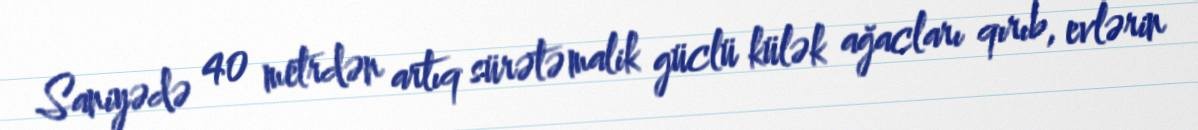
Saniyədə 40 metrdən artıq sürətə malik güclü külək ağacları qırıb, evlərin